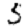
Digit: 5